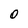
Character: 0